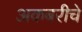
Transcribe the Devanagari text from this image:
अकबरीचे